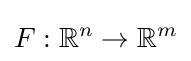
F:\mathbb {R} ^{n}\to \mathbb {R} ^{m}